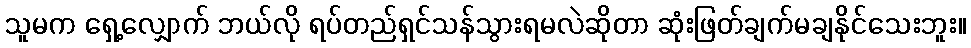
သူမက ရှေ့လျှောက် ဘယ်လို ရပ်တည်ရှင်သန်သွားရမလဲဆိုတာ ဆုံးဖြတ်ချက်မချနိုင်သေးဘူး။